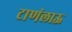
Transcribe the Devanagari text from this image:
टाणंलाऊ